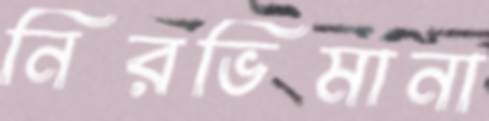
নিরভিমানা